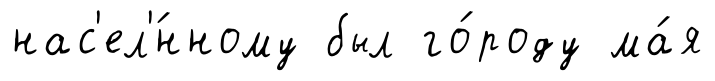
нас'ел'́нному был го́роду ма́я